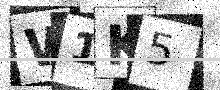
Text: W1K5